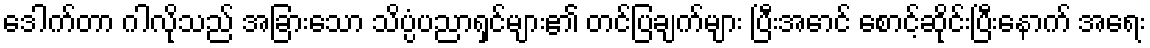
ဒေါက်တာ ဂါလိုသည် အခြားသော သိပ္ပံပညာရှင်များ၏ တင်ပြချက်များ ပြီးအောင် စောင့်ဆိုင်းပြီးနောက် အရေး